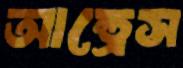
আন্ড্রেস